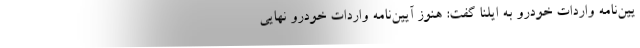
یین‌نامه واردات خودرو به ایلنا گفت: هنوز آیین‌نامه‌ واردات خودرو نهایی